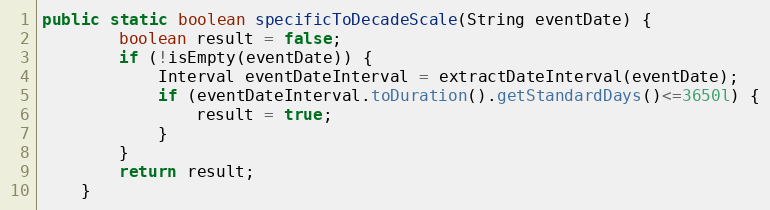
Language: Java
public static boolean specificToDecadeScale(String eventDate) {
    	boolean result = false;
    	if (!isEmpty(eventDate)) {
    	    Interval eventDateInterval = extractDateInterval(eventDate);
    	    if (eventDateInterval.toDuration().getStandardDays()<=3650l) {
    	    	result = true;
    	    }
    	}
    	return result;
    }